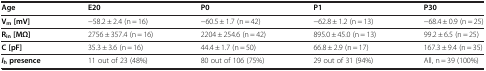
<table><thead><tr><td><b>Age</b></td><td><b>E20</b></td><td><b>P0</b></td><td><b>P1</b></td><td><b>P30</b></td></tr></thead><tbody><tr><td><b>V</b><sub><b>m</b></sub><b>[mV]</b></td><td>−58.2 ± 2.4 (n = 16)</td><td>−60.5 ± 1.7 (n = 42)</td><td>−62.8 ± 1.2 (n = 13)</td><td>−68.4 ± 0.9 (n = 25)</td></tr><tr><td><b>R</b><sub><b>in</b></sub><b>[MΩ]</b></td><td>2756 ± 357.4 (n = 16)</td><td>2204 ± 254.6 (n = 42)</td><td>895.0 ± 45.0 (n = 13)</td><td>99.2 ± 6.5 (n = 25)</td></tr><tr><td><b>C [pF]</b></td><td>35.3 ± 3.6 (n = 16)</td><td>44.4 ± 1.7 (n = 50)</td><td>66.8 ± 2.9 (n = 17)</td><td>167.3 ± 9.4 (n = 35)</td></tr><tr><td><b><i>I</i></b><sub><b>h</b></sub><b>presence</b></td><td>11 out of 23 (48%)</td><td>80 out of 106 (75%)</td><td>29 out of 31 (94%)</td><td>All, n = 39 (100%)</td></tr></tbody></table>